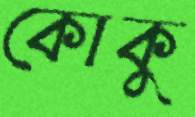
কোকু